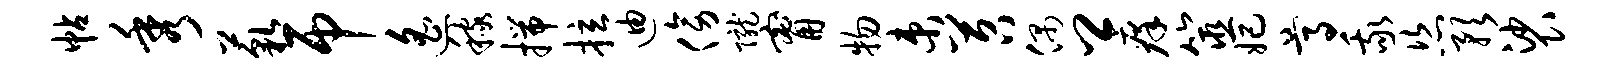
帖秀藐吊遥稼揣拉迪傍陇甯物束苕偶卿痒筮妃尊我恣预裟